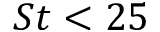
S t < 2 5